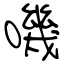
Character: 嘰